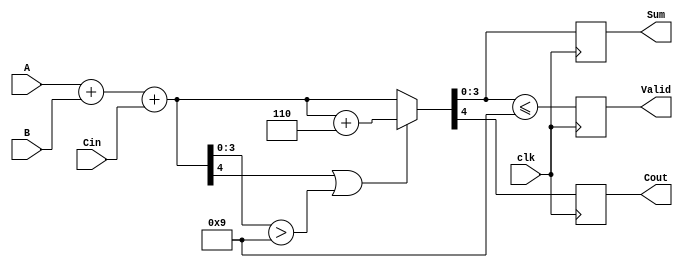
module BCD_Synchronous_Adder (
    input  wire [3:0] A,       // First BCD digit
    input  wire [3:0] B,       // Second BCD digit
    input  wire Cin,           // Carry input
    input  wire clk,           // Clock signal
    output reg  [3:0] Sum,     // Resulting BCD digit
    output reg  Cout,          // Carry output
    output reg  Valid          // Valid BCD output indicator
);

    reg [4:0] Temp_Sum;        // Temporary sum (5 bits)

    always @(posedge clk) begin
        // Step 1: Binary Addition
        Temp_Sum = A + B + Cin;

        // Step 2: BCD Correction
        if (Temp_Sum[4] || Temp_Sum[3:0] > 4'b1001) begin
            // If correction is needed, add 6 (0110)
            Temp_Sum = Temp_Sum + 5'b00110;
        end

        // Step 3: Assign the Sum and Cout
        Sum = Temp_Sum[3:0];      // Result is the lower 4 bits
        Cout = Temp_Sum[4];       // Carry out is the fifth bit

        // Step 4: Valid Signal
        Valid = (Sum <= 4'b1001); // Sum must be a valid BCD (0-9)
    end

endmodule